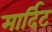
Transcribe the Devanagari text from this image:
मार्दिट